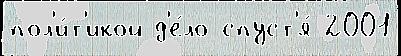
пол'и́т'икой д'е́ло спуст'я́ 2001